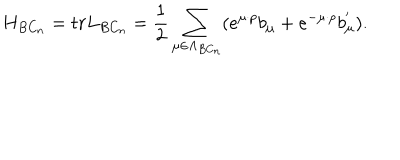
H _ { B C _ { n } } = t r L _ { B C _ { n } } = \frac { 1 } { 2 } \sum _ { \mu \in \Lambda _ { B C _ { n } } } ( e ^ { \mu \cdot p } b _ { \mu } + e ^ { - \mu \cdot p } b _ { \mu } ^ { ^ { \prime } } ) .